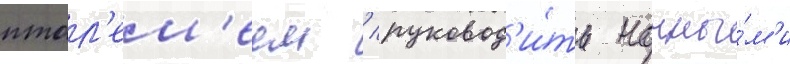
птол'ем'еем / руковод'и́ть ночны́м'и